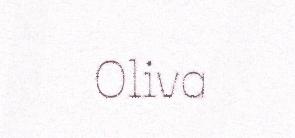
Oliva